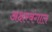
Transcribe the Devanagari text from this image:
अक्षरबंगाल